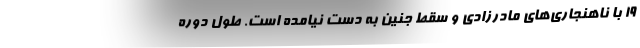
۱۹ با ناهنجاری‌های مادرزادی و سقط جنین به دست نیامده است. طول دوره